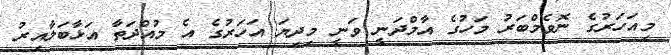
މިއަހަރުގެ ނޮވެމްބަރު މަހުގެ އާމްދަނީ ވަނީ މިދިޔަ އަހަރުގެ އެ މުއްދަތާ އަޅާބަލާއިރު